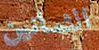
الثمانين